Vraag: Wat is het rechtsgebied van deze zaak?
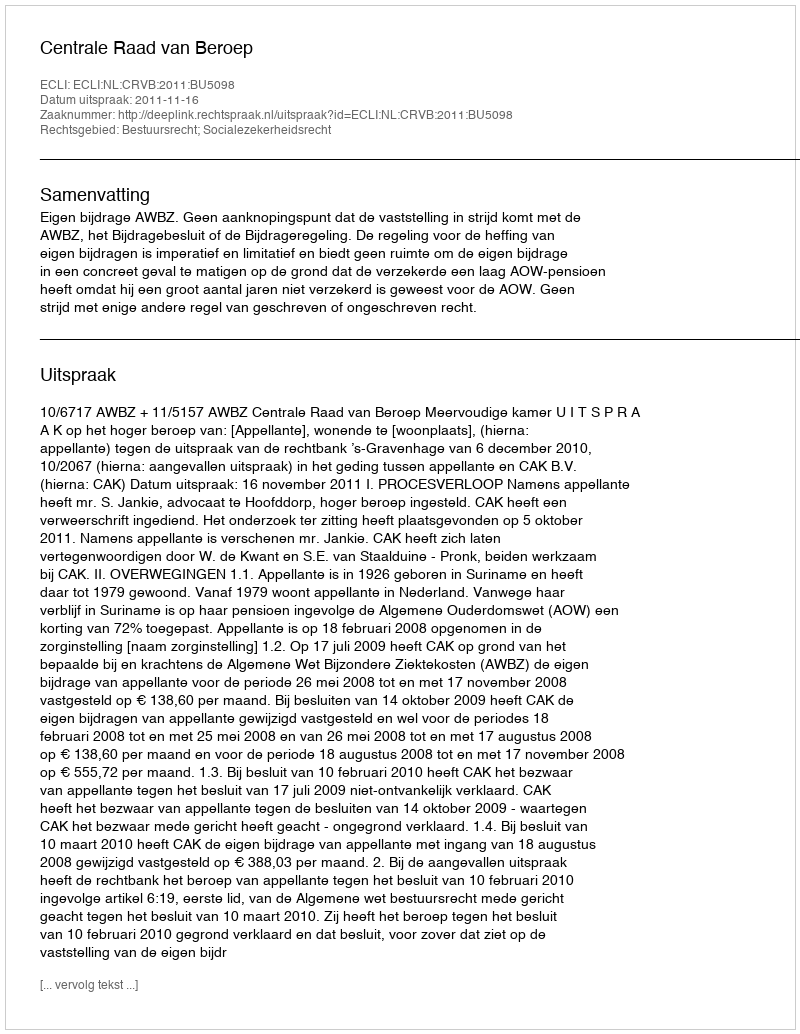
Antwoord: Bestuursrecht; Socialezekerheidsrecht